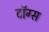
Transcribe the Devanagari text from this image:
टॉग्स